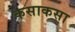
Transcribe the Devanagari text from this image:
कसाकसा